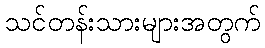
သင်တန်းသားများအတွက်